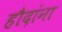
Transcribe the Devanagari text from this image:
हौदांना